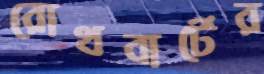
রোথবার্টের